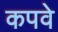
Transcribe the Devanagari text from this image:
कपवे